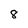
Character: 8